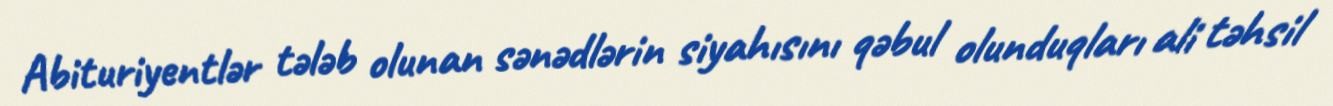
Abituriyentlər tələb olunan sənədlərin siyahısını qəbul olunduqları ali təhsil